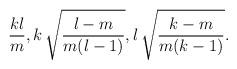
LaTeX: \begin{align*}\frac{k l}{m},k\,\sqrt{\frac{l-m}{m(l-1)}},l\,\sqrt{\frac{k-m}{m(k-1)}}.\end{align*}